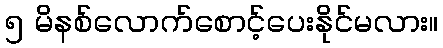
၅ မိနစ်လောက်စောင့်ပေးနိုင်မလား။